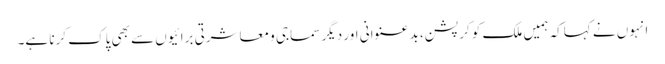
انہوں نے کہاکہ ہمیں ملک کو کرپشن، بد عنوانی اور دیگر سماجی و معاشرتی برائیوں سے بھی پاک کرنا ہے۔